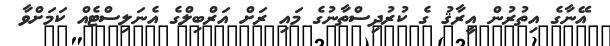
އޭނާގެ އިތުރުން އީރާޤު ގެ ކުރުދިސްތާނުގެ މައި ރަށް އަރްބިލްގެ އެނަލިސްޓެއް ކަމަށްވާ